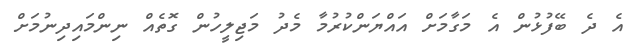
އެ ދެ ބޭފުޅުން އެ މަގާމަށް އައްޔަންކުރުމާ މެދު މަޖިލީހުން ގޮތެއް ނިންމައިދިނުމަށް